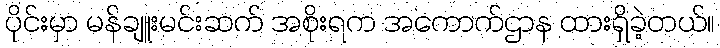
ပိုင်းမှာ မန်ချူးမင်းဆက် အစိုးရက အကောက်ဌာန ထားရှိခဲ့တယ်။